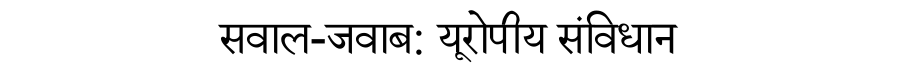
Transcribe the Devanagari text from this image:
सवाल-जवाब: यूरोपीय संविधान